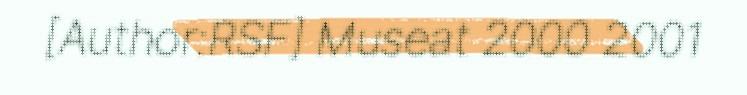
[Author:RSF] Museat 2000 2001